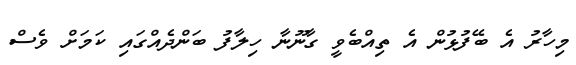
މިހާރު އެ ބޭފުޅުން އެ ތިއްބެވީ ގާނޫނާ ހިލާފު ބަންދެއްގައި ކަމަށް ވެސް